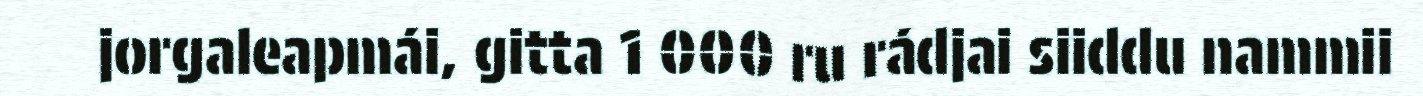
jorgaleapmái, gitta 1 000 ru rádjai siiddu nammii